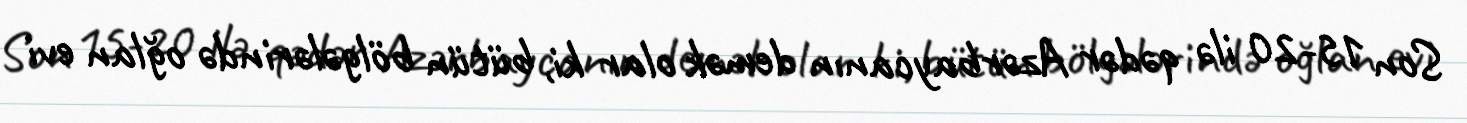
Son 15-20 ilə qədər Azərbaycanın demək olar ki, bütün bölgələrində oğlan evi